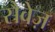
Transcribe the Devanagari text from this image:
सैवेज़